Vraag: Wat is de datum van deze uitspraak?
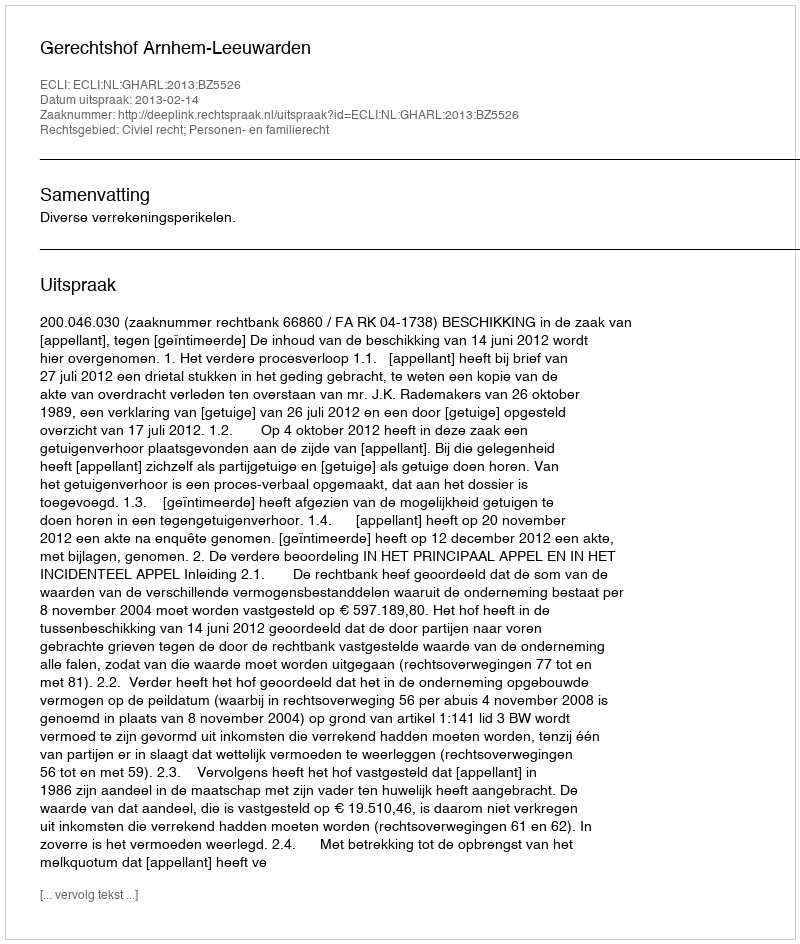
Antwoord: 2013-02-14